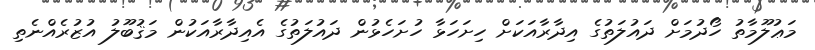
މަޢުލޫމާތު ހޯދުމަށް ދައުލަތުގެ އިދާރާއަކަށް ހިށަހަޅާ ހުށަހެޅުން ދައުލަތުގެ އެއިދާރާއަކުން މަޤުބޫލު އުޒުރެއްނެތި